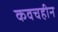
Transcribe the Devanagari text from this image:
कवचहीन